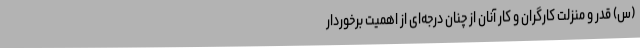
(س) قدر و منزلت کارگران و کار آنان از چنان درجه‌ای از اهمیت برخوردار